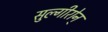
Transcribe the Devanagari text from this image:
सुल्गीरोन्